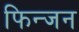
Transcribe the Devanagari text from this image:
फिन्जन